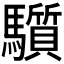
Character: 𩧄